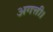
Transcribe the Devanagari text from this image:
अगत्ती।